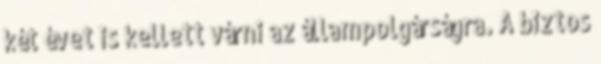
két évet is kellett várni az állampolgárságra. A biztos